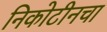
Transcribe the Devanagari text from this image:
निकोटीनचा